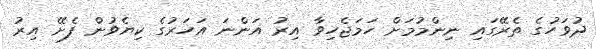
ދުވަހުގެ ތެރޭގައި ނިންމުމަށް ހަމަޖެހިވާ އިރު އަންނަ އަހަރުގެ ކިޔެވުން ފެށޭ އިރު